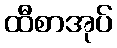
ထီစာအုပ်